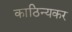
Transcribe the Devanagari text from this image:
काठिन्यकर